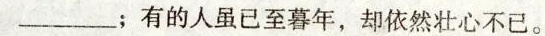
___；有的人虽已至暮年，却依然壮心不已。